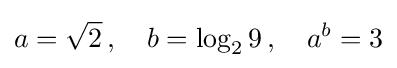
a={\sqrt {2}}\,,\quad b=\log _{2}9\,,\quad a^{b}=3